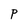
Character: P